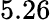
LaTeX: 5.26